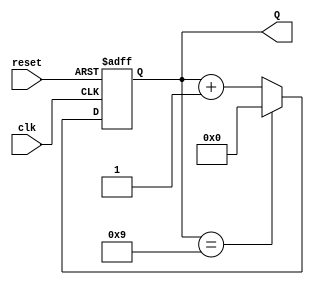
module BCD_Asynchronous_Counter (
    input wire clk,           // Clock input
    input wire reset,         // Asynchronous reset
    output reg [3:0] Q        // BCD output (Q3, Q2, Q1, Q0)
);

// Asynchronous reset and counting logic
always @(posedge clk or posedge reset) begin
    if (reset) begin
        Q <= 4'b0000; // Reset the counter to 0
    end else begin
        if (Q == 4'b1001) begin
            Q <= 4'b0000; // Roll over to 0 after reaching 9
        end else begin
            Q <= Q + 1; // Increment the counter
        end
    end
end

endmodule